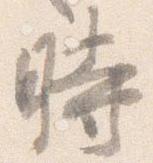
時